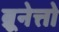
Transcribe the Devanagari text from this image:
ब्रूनेत्तो